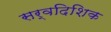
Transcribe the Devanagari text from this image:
सर्वदिशिक